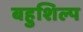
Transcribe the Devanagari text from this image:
बहुशिल्प